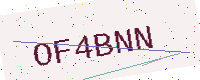
Text: OF4BNN